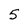
Character: 5